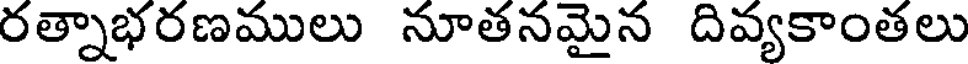
రత్నాభరణములు నూతనమైన దివ్యకాంతలు